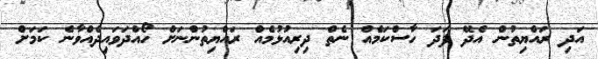
އަދި ރައްޔިތުން އެދޭ ފަދަ ހާސްކަމެއް ނެތް ދިރިއުޅުމެއް ރައްޔިތުންނަށް ހޯއްދަވައިދެއްވާނެ ކަމަށް